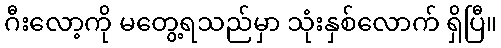
ဂီးလော့ကို မတွေ့ရသည်မှာ သုံးနှစ်လောက် ရှိပြီ။